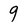
Character: 9